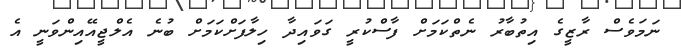
ނަމަވެސް ރާޒީގެ އިތުބާރު ނެތްކަމަށް ފާސްކުރީ ގަވައިދާ ހިލާފަށްކަމަށް ބުނެ އެލްޖީއޭއިންވަނީ އެ